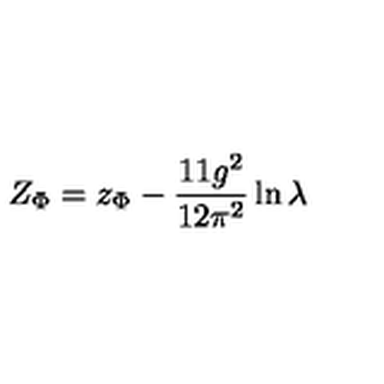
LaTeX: Z _ { \Phi } = z _ { \Phi } - \frac { 1 1 g ^ { 2 } } { 1 2 \pi ^ { 2 } } \ln \lambda \